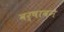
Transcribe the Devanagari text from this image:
वर्षावने